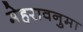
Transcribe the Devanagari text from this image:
मेहरावनुमा